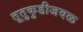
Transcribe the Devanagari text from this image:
तूतुकुडीजवळ